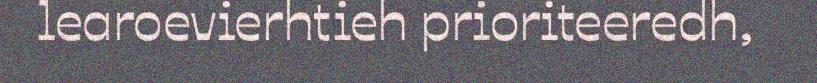
learoevierhtieh prioriteeredh,